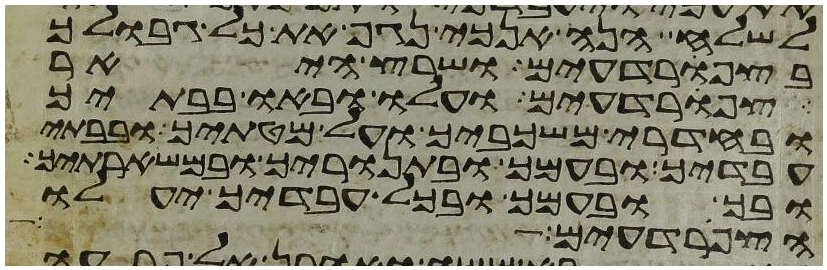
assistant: לשלח הנה אנכי נגף את כל גבולך
בצפרדעים ושרץ היאר
צפרדעים ועלו ובאו בבתיך
ובחדרי משכביך ועל מטתיך ובבתי
עבדיך ובעמך ובתנוריך ובמשארתיך
ובך ובעמך ובכל עבדיך יעלו
הצפרדעים